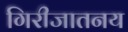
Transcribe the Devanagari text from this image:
गिरीजातनय